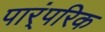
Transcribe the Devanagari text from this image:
पार्ंपरिक